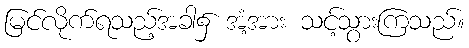
မြင်လိုက်ရသည့်အခါ၌ အံ့အား သင့်သွားကြသည်။